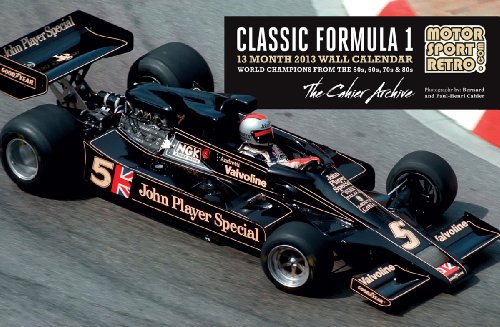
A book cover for Motorsport Retro F1 Calendar 2013; Paul-Henri Cahier; Calendars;